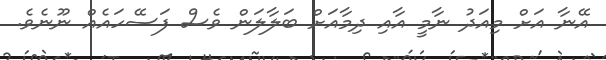
އޭނާ އަށް މިއަދު ނާމީ އާއި ދިމާއަށް ބަލާލަން ވެސް ފަސޭހައެއް ނޫނެވެ.